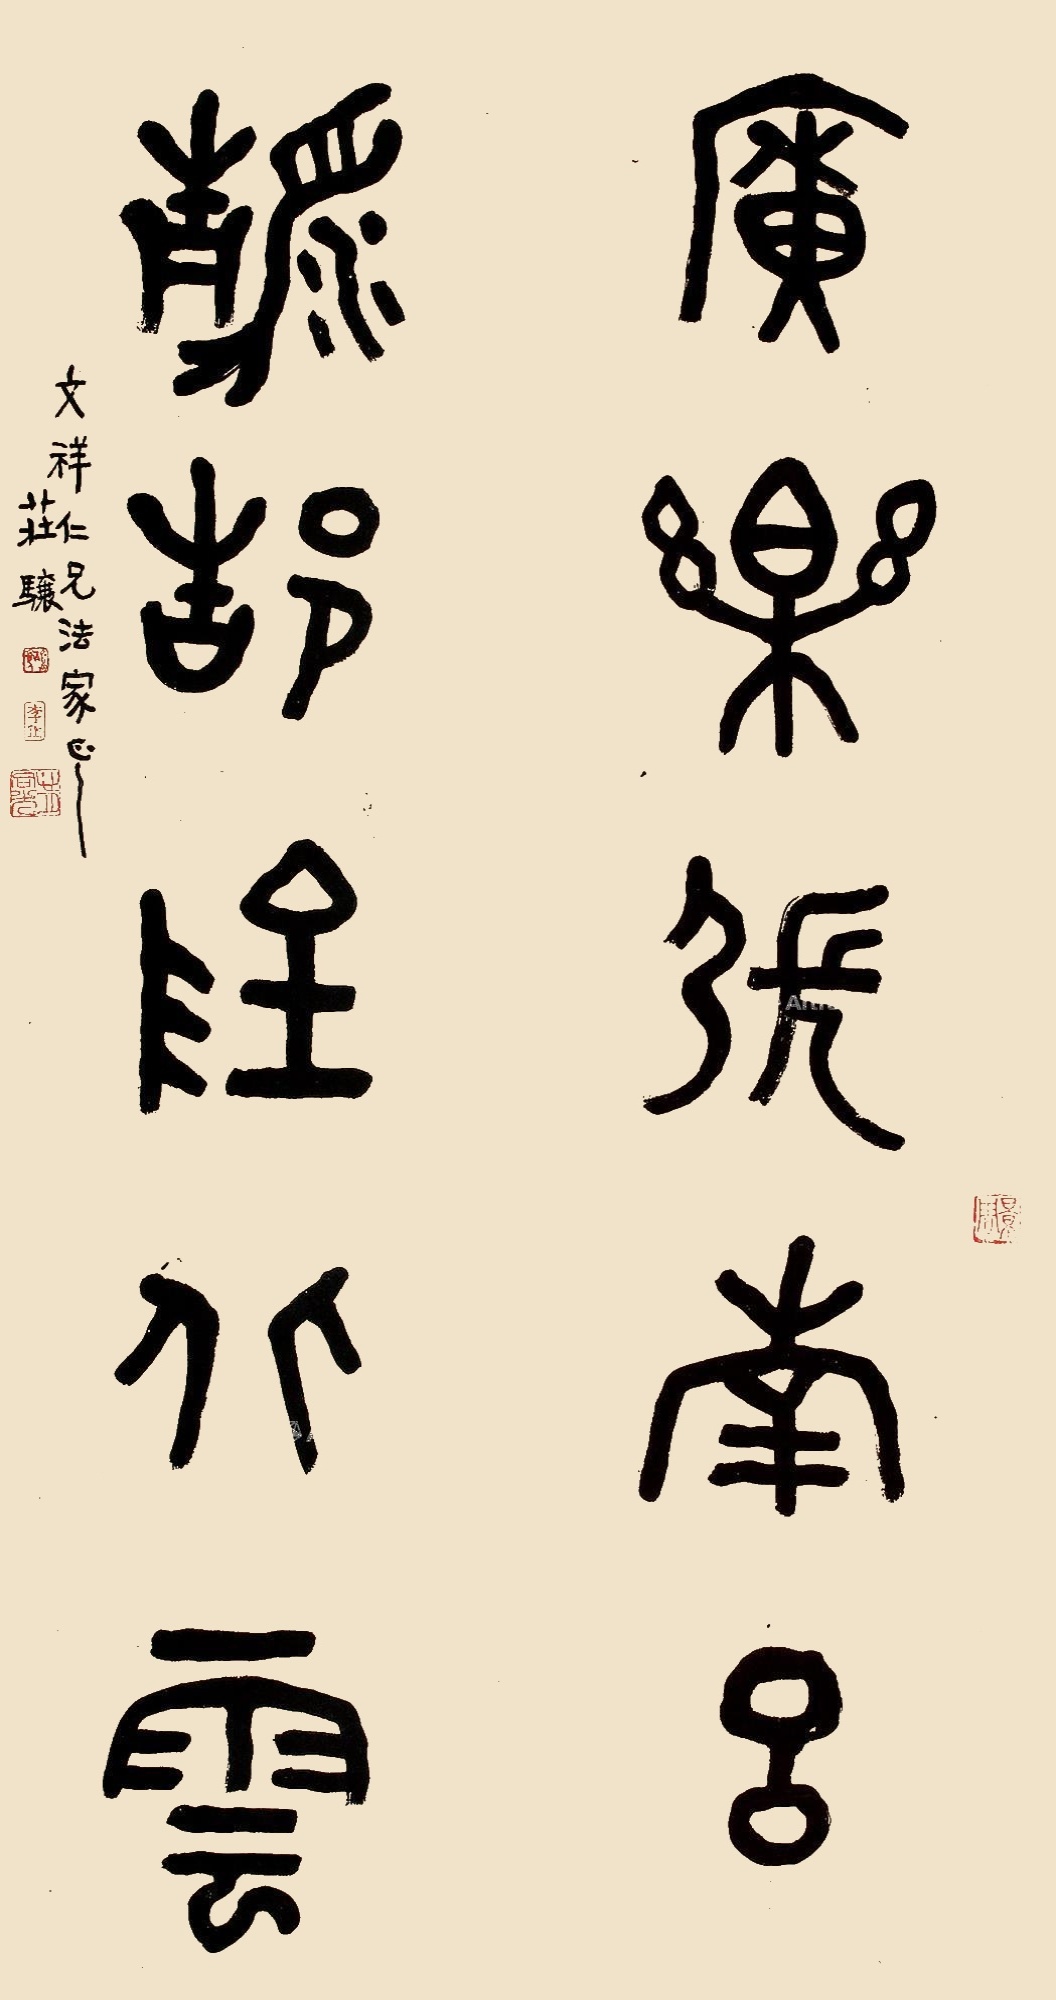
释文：广乐张南吕，静郜阴北云。文祥仁兄法家正之，庄骧。